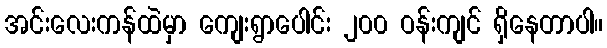
အင်းလေးကန်ထဲမှာ ကျေးရွာပေါင်း ၂၀၀ ဝန်းကျင် ရှိနေတာပါ။